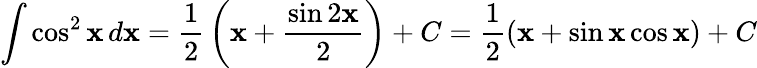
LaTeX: \int\cos^{2}\mathbf{x}\, d\mathbf{x}={\frac{{1}}{{2}}}\left(\mathbf{x}+{\frac{{\sin2\mathbf{x}}}{{2}}}\right)+C={\frac{{1}}{{2}}}(\mathbf{x}+\sin\mathbf{x}\cos\mathbf{x})+C